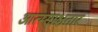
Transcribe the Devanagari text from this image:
आत्म्साक्षतार